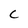
Character: C